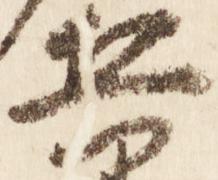
兵